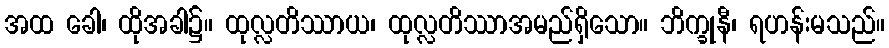
အထ ခေါ၊ ထိုအခါ၌။ ထုလ္လတိဿာယ၊ ထုလ္လတိဿာအမည်ရှိသော။ ဘိက္ခုနီ၊ ရဟန်းမသည်။